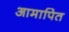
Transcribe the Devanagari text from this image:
आमापित